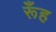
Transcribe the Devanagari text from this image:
रूँह